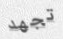
تجهد